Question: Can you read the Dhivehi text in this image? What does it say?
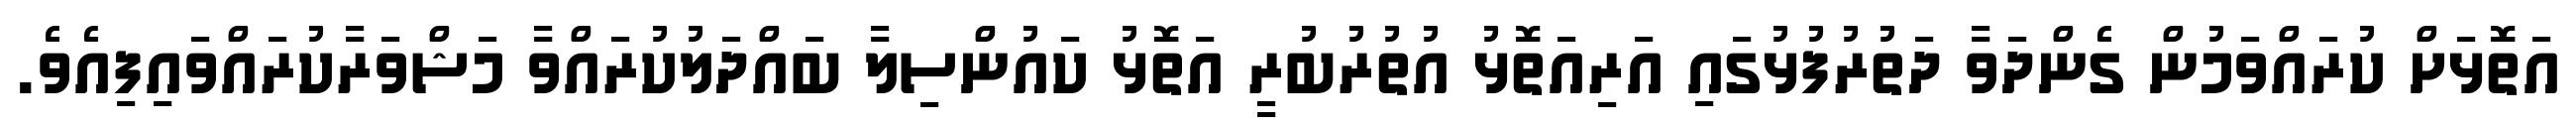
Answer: އަތޮޅަށް ކުރައްވަމުން ގެންދަވާ ދަތުރުފުޅުގައި އަރިއަތޮޅު އުތުރުބުރީ އަތޮޅު ކައުންސިލާ ބައްދަލުކުރައްވާ މަޝްވަރާކުރައްވައިފިއެވެ.